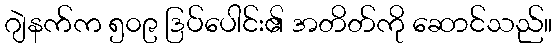
ဂျဲနက်က ၅၀၉ ဒြပ်ပေါင်း၏ အတိတ်ကို ဆောင်သည်။